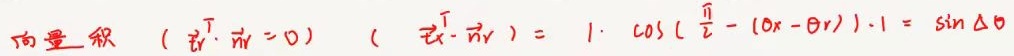
向量积 $(\vec{r}^{\mathrm{T}} \cdot \vec{n}_{r}=0) \ (\vec{r}^{\mathrm{T}} \cdot \vec{n}_{r}) = 1 \cdot \cos(\frac{\pi}{2}-(\theta_{x}-\theta_{r})) \cdot 1=\sin\Delta\theta$